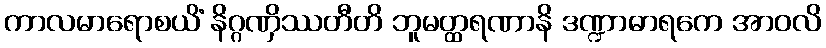
ကာလမာရောစယိံ နိဂ္ဂဏှိဿတီတိ ဘူမတ္ထရဏာနိ ဒဏ္ဍာဓာရကေ အာဝလိ